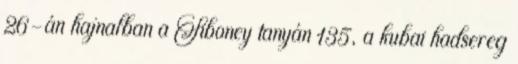
26-án hajnalban a Siboney tanyán 135, a kubai hadsereg